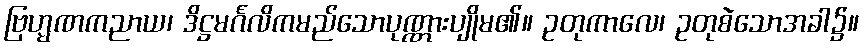
ဗြဟ္မဏကညာယ၊ ဒိဋ္ဌမင်္ဂလိကမည်သောပုဏ္ဏားပျိုမ၏။ ဥတုကာလေ၊ ဥတုစဲသောအခါ၌။